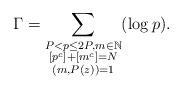
LaTeX: \begin{align*}\Gamma=\sum_{\substack{P<p\leq 2P, m\in\mathbb{N}\\ \left[p^{c}\right]+\left[m^{c}\right]=N\\ (m,P(z))=1}}(\log p).\end{align*}